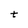
Character: t